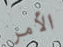
الأمر